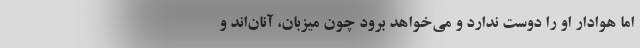
اما هوادار او را دوست ندارد و می‌خواهد برود چون میزبان، آنان‌اند و